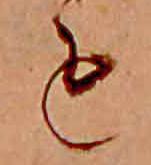
も